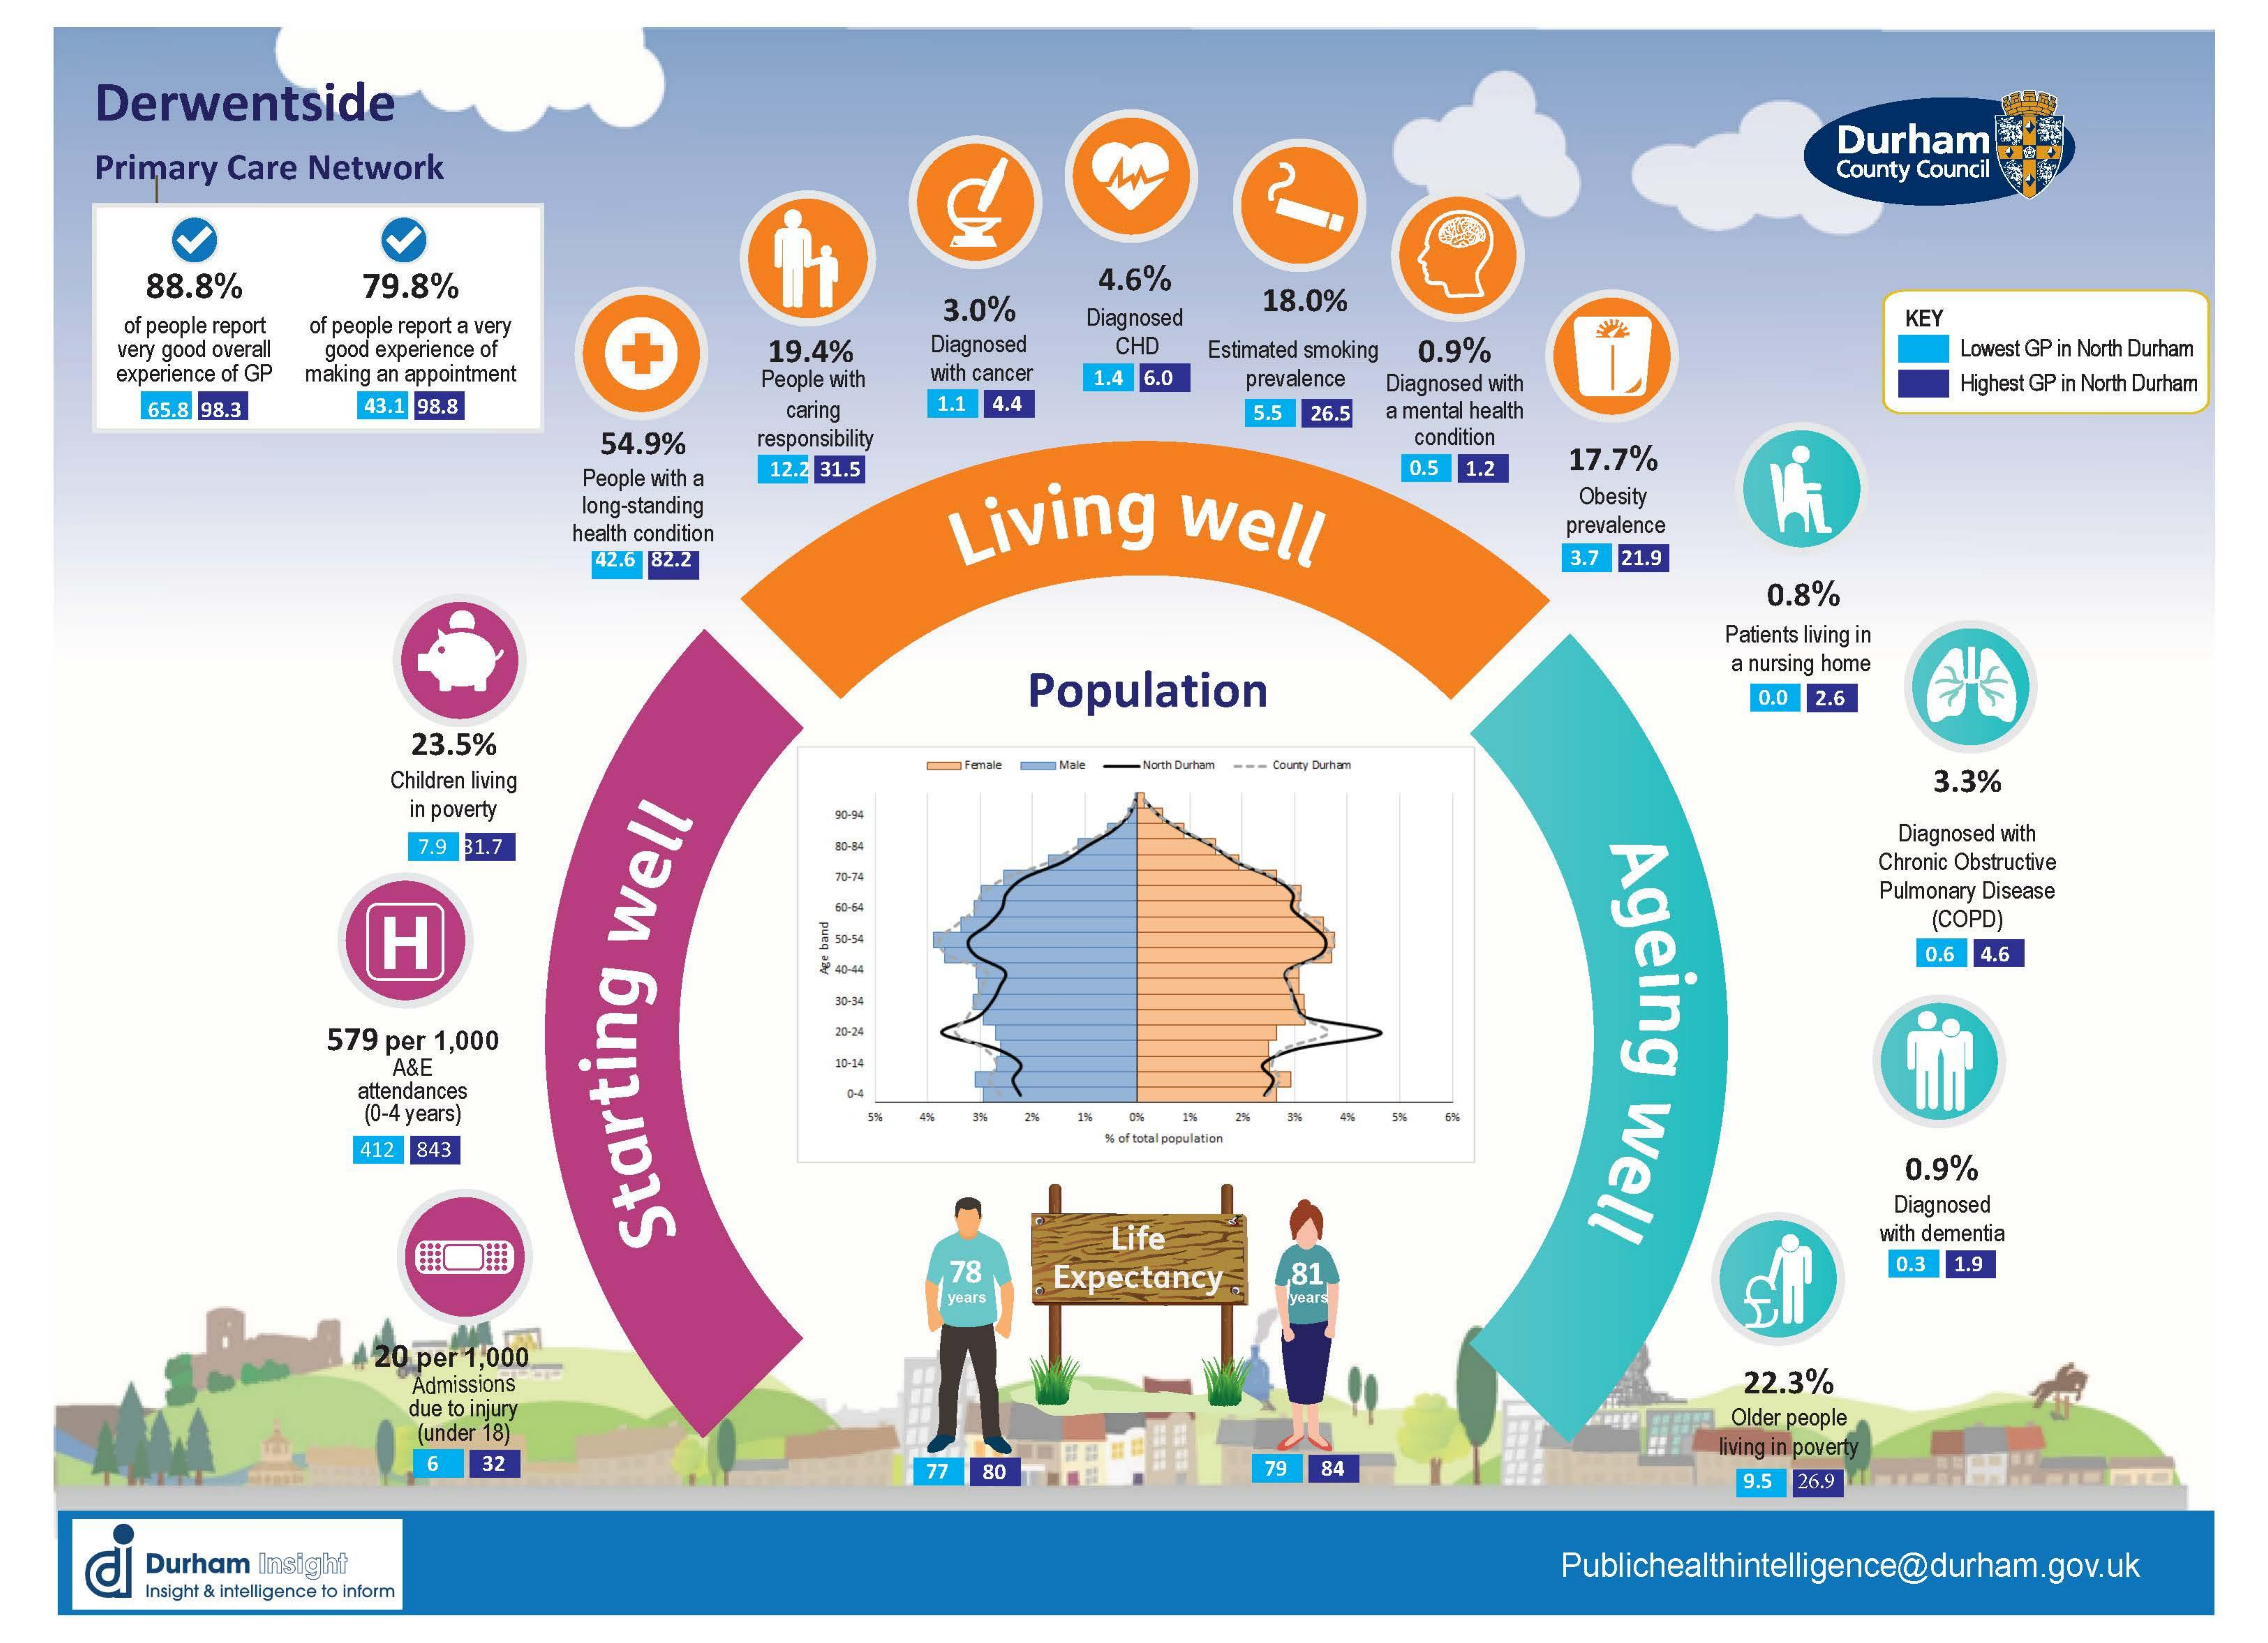
Derwentside
     Primary Care Network    An
     Durham
     County Council
     88.8%    79.8%
     of people report of people report a very
     3.0%
     4.6%
     Diagnosed
     Diagnosed
     18.0%
     KEY
     very good overall good experience of + 19.4%    CHD  Estimated smoking 0.9%    Lowest GP in North Durham
     experience of GP making an appointment People with with cancer 1.4 6.0 prevalence Diagnosed with Highest GP in North Durham
     65.8 98.3  43.1 98.8    caring 1.1 4.4    5.5 26.5 a mental health
     54.9%   responsibility    condition
     People with a 12.2 31.5    0.5 1.2 17.7%
     long-standing
     Living    well
     Obesity
     health condition    prevalence
     42.6 82.2    3.7 21.9
     0.8%
     Patients living in
     Population
     a nursing home
     0.0 2.6
     23.5%
     Children living
     Fernale Male -North Curta --- County Cutane
     3.3%
     in poverty
     7.9 81.7    Diagnosed with
     Ageing
     well
     80-84
     Chronic Obstructive
     Pulmonary Disease
     H
     50-64
     (COPD)
     50-54
     0.6 4.6
     40-44 Age
     band
     30-54
     579 per 1,000
     A&E    30-14
     attendances
     (0-4 years)    2%   4%    5%
     412 843
     % of total population
     0.9%
     Diagnosed
     Life    with dementia
     Starting
     well
     78   Expectancy  ,81    0.3 1.9
     years    years
     20 per 1,000
     Admissions    22.3%
     due to injury
     (under 18)
     Older people
     79
     living in poverty
     6  32
     77    84
     9.5 26.9
     TO Durham Insight    Publichealthintelligence@durham.gov.uk
     Insight & intelligence to inform